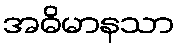
အဓိမာနသာ